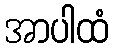
အာပါထံ